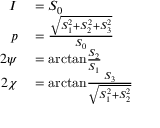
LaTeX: \begin{array} { r l } { I } & { { } = S _ { 0 } } \\ { p } & { { } = { \frac { \sqrt { S _ { 1 } ^ { 2 } + S _ { 2 } ^ { 2 } + S _ { 3 } ^ { 2 } } } { S _ { 0 } } } } \\ { 2 \psi } & { { } = \mathrm { a r c t a n } { \frac { S _ { 2 } } { S _ { 1 } } } } \\ { 2 \chi } & { { } = \mathrm { a r c t a n } { \frac { S _ { 3 } } { \sqrt { S _ { 1 } ^ { 2 } + S _ { 2 } ^ { 2 } } } } } \end{array}